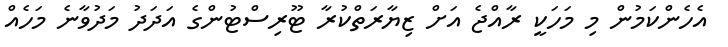
އެހެންކަމުން މި މަހަކީ ރާއްޖެ އަށް ޒިޔާރަތްކުރާ ޓޫރިސްޓުންގެ އަދަދު މަދުވާނެ މަހެއް